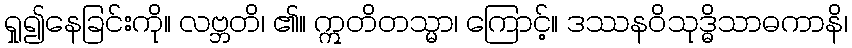
ရှု၍နေခြင်းကို။ လဗ္ဘတိ၊ ၏။ ဣတိတသ္မာ၊ ကြောင့်။ ဒဿနဝိသုဒ္ဓိသာဓကာနိ၊